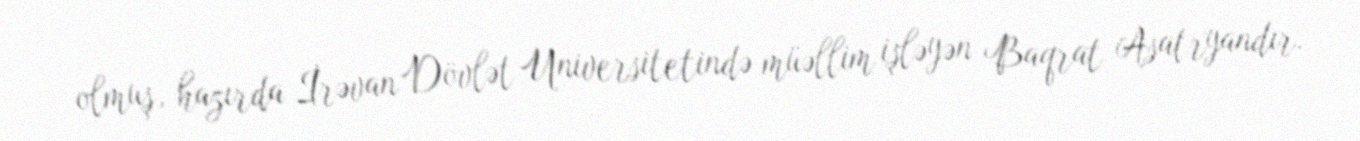
olmuş, hazırda İrəvan Dövlət Universitetində müəllim işləyən Baqrat Asatryandır.